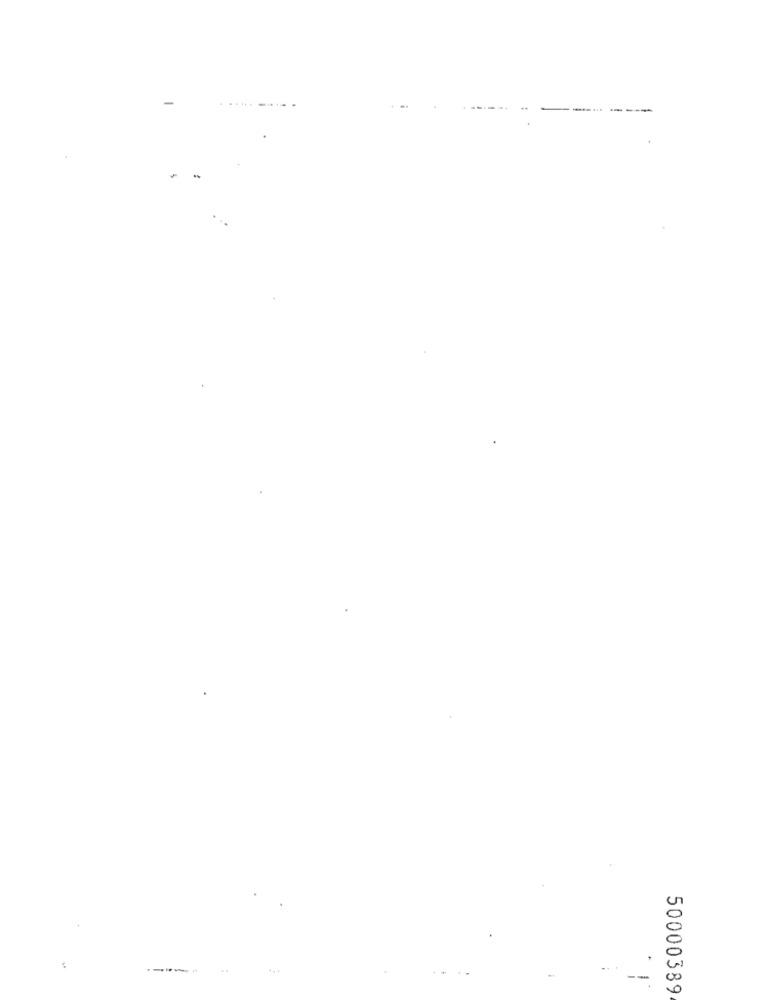
-
-------
-..... ----
-----
--
50000389